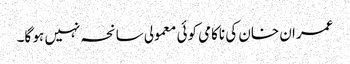
عمران خان کی ناکامی کوئی معمولی سانحہ نہیں ہو گا۔